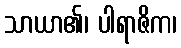
သာယာ၏၊ ပါရာဇိက၊